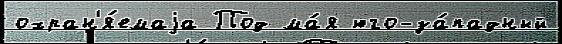
охран'я́емаjа Под ма́я юго-за́падный